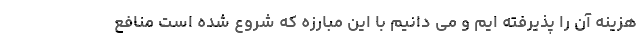
هزینه آن را پذیرفته ایم و می دانیم با این مبارزه که شروع شده است منافع